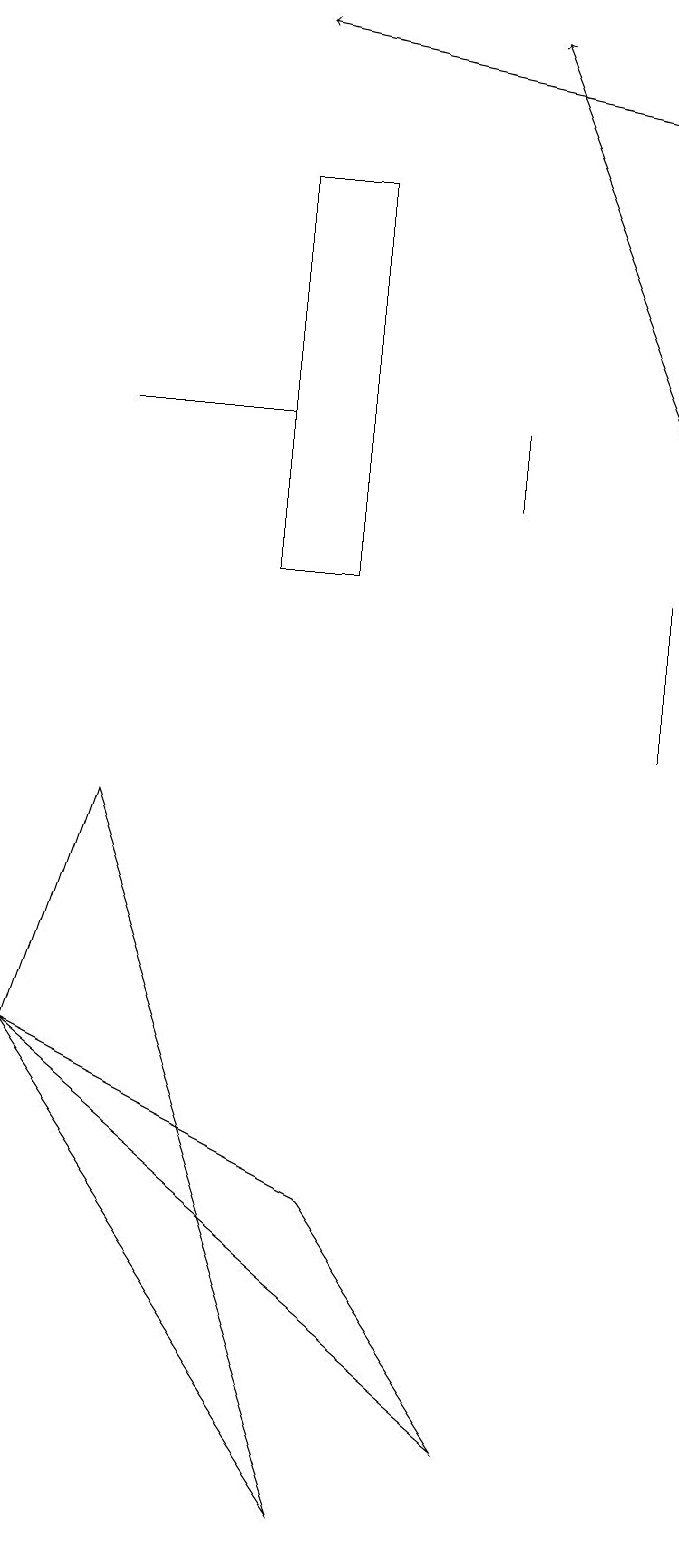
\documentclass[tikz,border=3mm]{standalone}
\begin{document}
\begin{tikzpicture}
\draw[->] (8,14) -- (6,19);
\draw[->] (8,18) -- (3,19);
\draw (1,9) -- (0,6) -- (4,0) -- cycle;
\draw (8,12) rectangle (8,10);
\draw (4,12) rectangle (3,17);
\draw (6,14) rectangle (6,13);
\draw (1,14) rectangle (3,14);
\draw (0,6) -- (4,4) -- (6,1) -- cycle;
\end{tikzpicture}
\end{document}